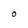
Character: O